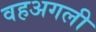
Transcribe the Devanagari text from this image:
वहअगली